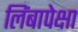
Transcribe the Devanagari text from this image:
लिंबापेक्षा